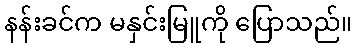
နန်းခင်က မနှင်းမြူကို ပြောသည်။